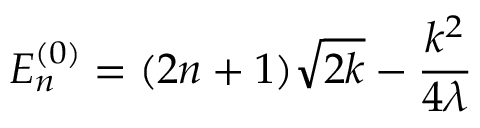
E _ { n } ^ { ( 0 ) } = ( 2 n + 1 ) \sqrt { 2 k } - \frac { k ^ { 2 } } { 4 \lambda }